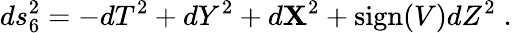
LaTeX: ds_{6}^{2}=-dT^{2}+dY^{2}+d{\mathbf X}^{2}+\mathrm{sign}(V)dZ^{2}\; .